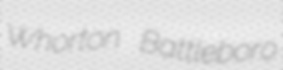
Whorton Battleboro